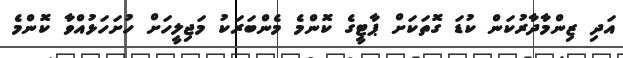
އަދި ޒިންމާދާރުކަން ކުޑަ ގޮތަކަށް ޕާޓީގެ ކޮންމެ މެންބަރަކު މަޖިލީހަށް ހުށަހަޅުއްވާ ކޮންމެ